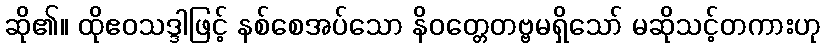
ဆို၏။ ထိုဧဝသဒ္ဒါဖြင့် နစ်စေအပ်သော နိဝတ္တေတဗ္ဗမရှိသော် မဆိုသင့်တကားဟု